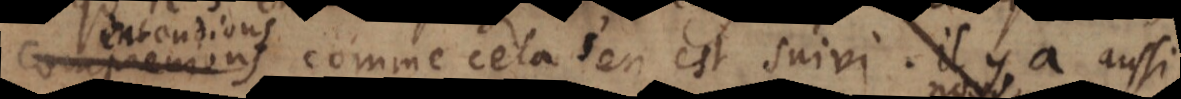
comprenions comme cela s’en est suivi. Il y a aussi